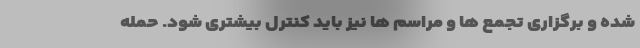
شده و برگزاری تجمع ها و مراسم ها نیز باید کنترل بیشتری شود. حمله